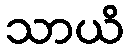
သာယိ